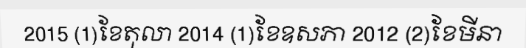
2015 (1)ខែតុលា 2014 (1)ខែឧសភា 2012 (2)ខែមីនា